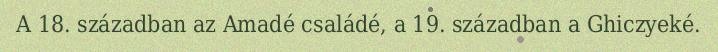
A 18. században az Amadé családé, a 19. században a Ghiczyeké.